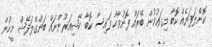
ކޮންލަފަޔެއް ކޮބާ މިގަޢުމުން ބޭރައް ފޮނުވާހާ ފައިސާ ކޮބާ ކޭޝިއަރުންނައް ބަންގްލަދޭޝް މީހުން